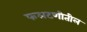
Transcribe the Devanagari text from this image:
फलटणीतील